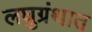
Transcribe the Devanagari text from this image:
लघुग्रंथात